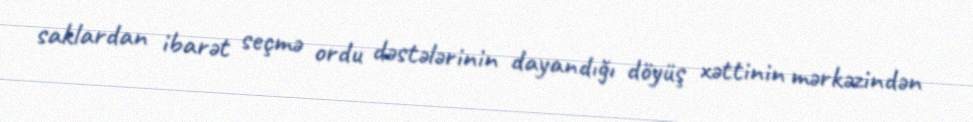
saklardan ibarət seçmə ordu dəstələrinin dayandığı döyüş xəttinin mərkəzindən